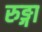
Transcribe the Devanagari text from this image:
रुङ्गा